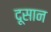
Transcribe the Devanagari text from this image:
दूसान